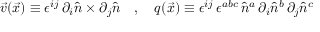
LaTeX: \vec { v } ( \vec { x } ) \equiv \epsilon ^ { i j } \, \partial _ { i } \hat { n } \times \partial _ { j } \hat { n } \quad , \quad q ( \vec { x } ) \equiv \epsilon ^ { i j } \, \epsilon ^ { a b c } \, \hat { n } ^ { a } \, \partial _ { i } \hat { n } ^ { b } \, \partial _ { j } \hat { n } ^ { c }